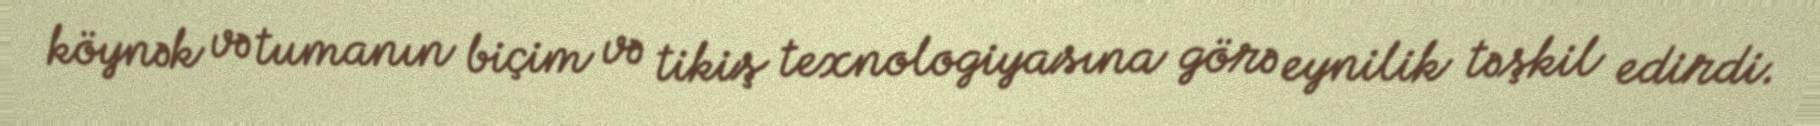
köynək və tumanın biçim və tikiş texnologiyasına görə eynilik təşkil edirdi.